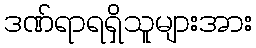
ဒဏ်ရာရရှိသူများအား